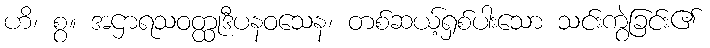
ဟိ၊ စွ။ အဌာရသဝတ္ထုဒီပနဝသေန၊ တစ်ဆယ့်ရှစ်ပါးသော သင်းကွဲခြင်း၏